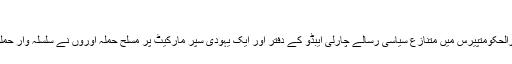
7 جنوری 2015، فرانس
7 جنوری 2015، فرانس کے دارالحکومتپیرس میں متنازع سیاسی رسالے چارلی ایبڈو کے دفتر اور ایک یہودی سپر مارکیٹ پر مسلح حملہ آوروں نے سلسلہ وار حملوں میں 17 افراد کو ہلاک کر دیا۔